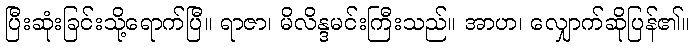
ပြီးဆုံးခြင်းသို့ရောက်ပြီ။ ရာဇာ၊ မိလိန္ဒမင်းကြီးသည်။ အာဟ၊ လျှောက်ဆိုပြန်၏။